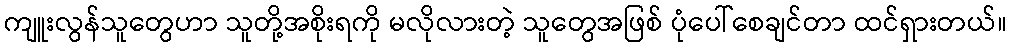
ကျူးလွန်သူတွေဟာ သူတို့အစိုးရကို မလိုလားတဲ့ သူတွေအဖြစ် ပုံပေါ်စေချင်တာ ထင်ရှားတယ်။